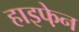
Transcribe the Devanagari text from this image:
हाइफे़न